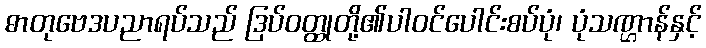
ဓာတုဗေဒပညာရပ်သည် ဒြပ်ဝတ္ထုတို့၏ပါဝင်ပေါင်းစပ်ပုံ၊ ပုံသဏ္ဌာန်နှင့်